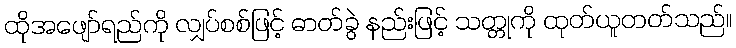
ထိုအဖျော်ရည်ကို လျှပ်စစ်ဖြင့် ဓာတ်ခွဲ နည်းဖြင့် သတ္တုကို ထုတ်ယူတတ်သည်။